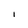
Character: i